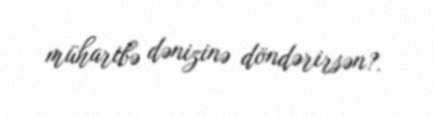
müharibə dənizinə döndərirsən?.